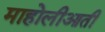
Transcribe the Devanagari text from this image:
माहोलीआती